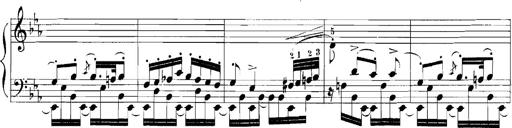
Title: Rhapsodies hongroises
Composer: Franz Liszt